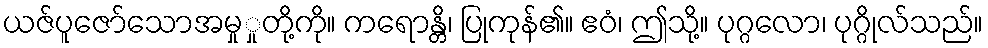
ယဇ်ပူဇော်သောအမှုှုတို့ကို။ ကရောန္တိ၊ ပြုကုန်၏။ ဧဝံ၊ ဤသို့။ ပုဂ္ဂလော၊ ပုဂ္ဂိုလ်သည်။